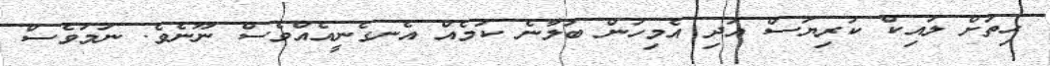
ހިތަށް ލައިކް ކުރިޔަސް އަދި އެމިހުން ބަލާނެ ކަމެއް އެނގެނީއެއްވެސް ނޫނެވެ. ނަމަވެސް